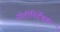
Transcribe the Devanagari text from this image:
नीतीनिर्देषक